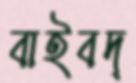
বাইবদ্